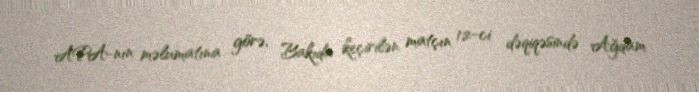
APA-nın məlumatına görə, Bakıda keçirilən matçın 12-ci dəqiqəsində Ağdam